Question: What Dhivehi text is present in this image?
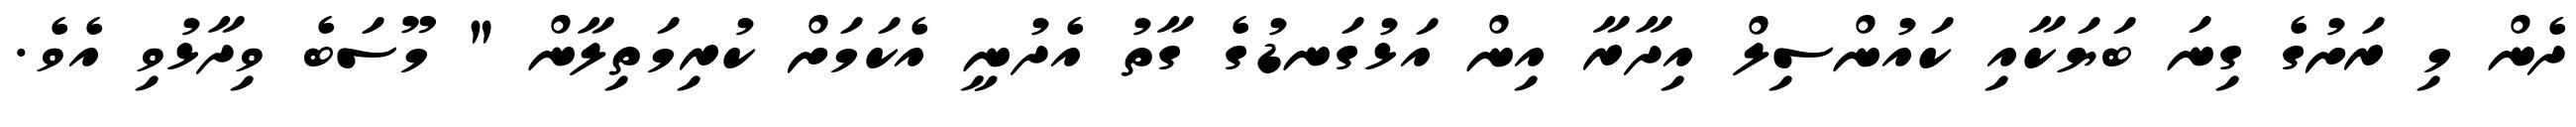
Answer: ދެން މި ރަށުގެ ގިނަ ބަޔަކާއި ކައުންސިލް އިދާރާ އިން އަޅުގަނޑުގެ ގާތު އެދުނީ އެކަމަށް ކުރިމަތިލާން " މޫސަބެ ވިދާޅުވި އެވެ.